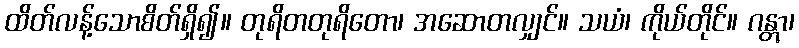
ထိတ်လန့်သောစိတ်ရှိ၍။ တုရိတတုရိတော၊ အဆောတလျှင်။ သယံ၊ ကိုယ်တိုင်။ ဂန္တွာ၊